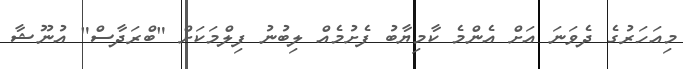
މިއަހަރުގެ ދެވަނަ އަށް އެންމެ ކާމިޔާބު ފެށުމެއް ލިބުނު ފިލްމަކަށް "ބްރަދާސް" އުނޫޝާ